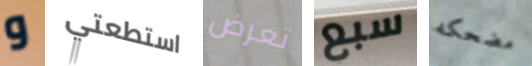
و استطعتي تعرض سبع مضحكه